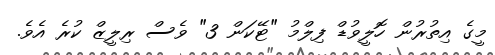
މީގެ އިތުރުން ހޮލީވުޑް ފިލްމު "ޓޭކަން 3" ވެސް ރިލީޒް ކުރެ އެވެ.